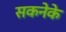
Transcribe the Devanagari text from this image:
सकनेके